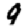
Digit: 9